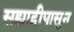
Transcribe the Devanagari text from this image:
सह्याद्रीपासुन